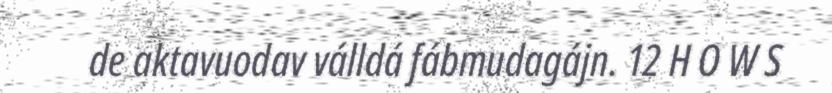
de aktavuodav válldá fábmudagájn. 12 H O W S